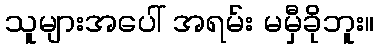
သူများအပေါ် အရမ်း မမှီခိုဘူး။